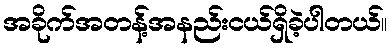
အခိုက်အတန့်အနည်းငယ်ရှိခဲ့ပါတယ်။